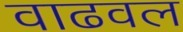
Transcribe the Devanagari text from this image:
वाढवल